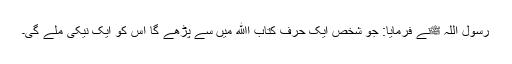
رسول اللہ ﷺنے فرمایا: جو شخص ایک حرف کتاب اﷲ میں سے پڑھے گا اس کو ایک نیکی ملے گی۔